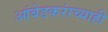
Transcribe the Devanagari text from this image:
आंबेडकरांच्याही